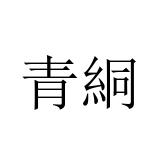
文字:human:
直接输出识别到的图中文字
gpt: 青絧